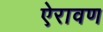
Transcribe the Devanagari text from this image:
ऐरावण